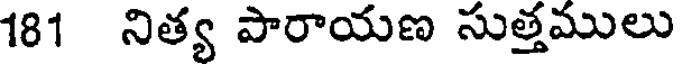
181 నిత్య పారాయణ సుత్తములు